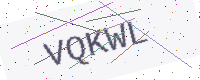
Text: VQKWL